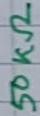
Text: 50KΩ